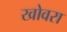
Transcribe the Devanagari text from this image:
खोवरा